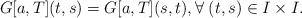
LaTeX: \begin{align*}G[a,T](t,s)=G[a,T](s,t),\forall \;(t,s)\in I \times I.\end{align*}